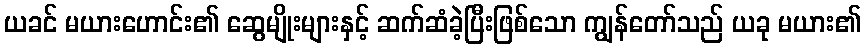
ယခင် မယားဟောင်း၏ ဆွေမျိုးများနှင့် ဆက်ဆံခဲ့ပြီးဖြစ်သော ကျွန်တော်သည် ယခု မယား၏